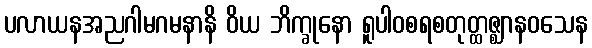
ပလာယနအညဂါမဂမနာနိ ဝိယ ဘိက္ခုနော ရူပါဝစရစတုတ္ထဇ္ဈာနဝသေန